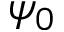
\psi _ { 0 }